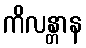
ကိလန္တာန